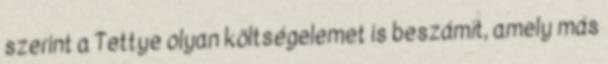
szerint a Tettye olyan költségelemet is beszámít, amely más